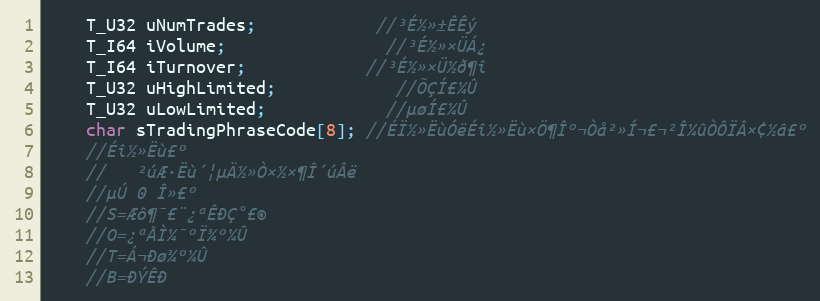
Language: C
	T_U32 uNumTrades;			//³É½»±ÊÊý
	T_I64 iVolume;				//³É½»×ÜÁ¿
	T_I64 iTurnover;			//³É½»×Ü½ð¶î
	T_U32 uHighLimited;			//ÕÇÍ£¼Û
	T_U32 uLowLimited;			//µøÍ£¼Û
	char sTradingPhraseCode[8]; //ÉÏ½»ËùÓëÉî½»Ëù×Ö¶Îº¬Òå²»Í¬£¬²Î¼ûÒÔÏÂ×¢½â£º
	//Éî½»Ëù£º
	//   ²úÆ·Ëù´¦µÄ½»Ò×½×¶Î´úÂë
	//µÚ 0 Î»£º
	//S=Æô¶¯£¨¿ªÊÐÇ°£©
	//O=¿ªÅÌ¼¯ºÏ¾º¼Û
	//T=Á¬Ðø¾º¼Û
	//B=ÐÝÊÐ